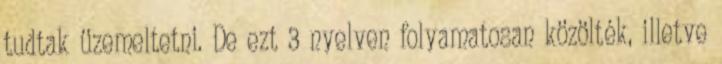
tudtak üzemeltetni. De ezt 3 nyelven folyamatosan közölték, illetve